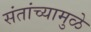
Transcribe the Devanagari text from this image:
संतांच्यामुळे